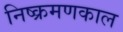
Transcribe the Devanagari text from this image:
निष्क्रमणकाल